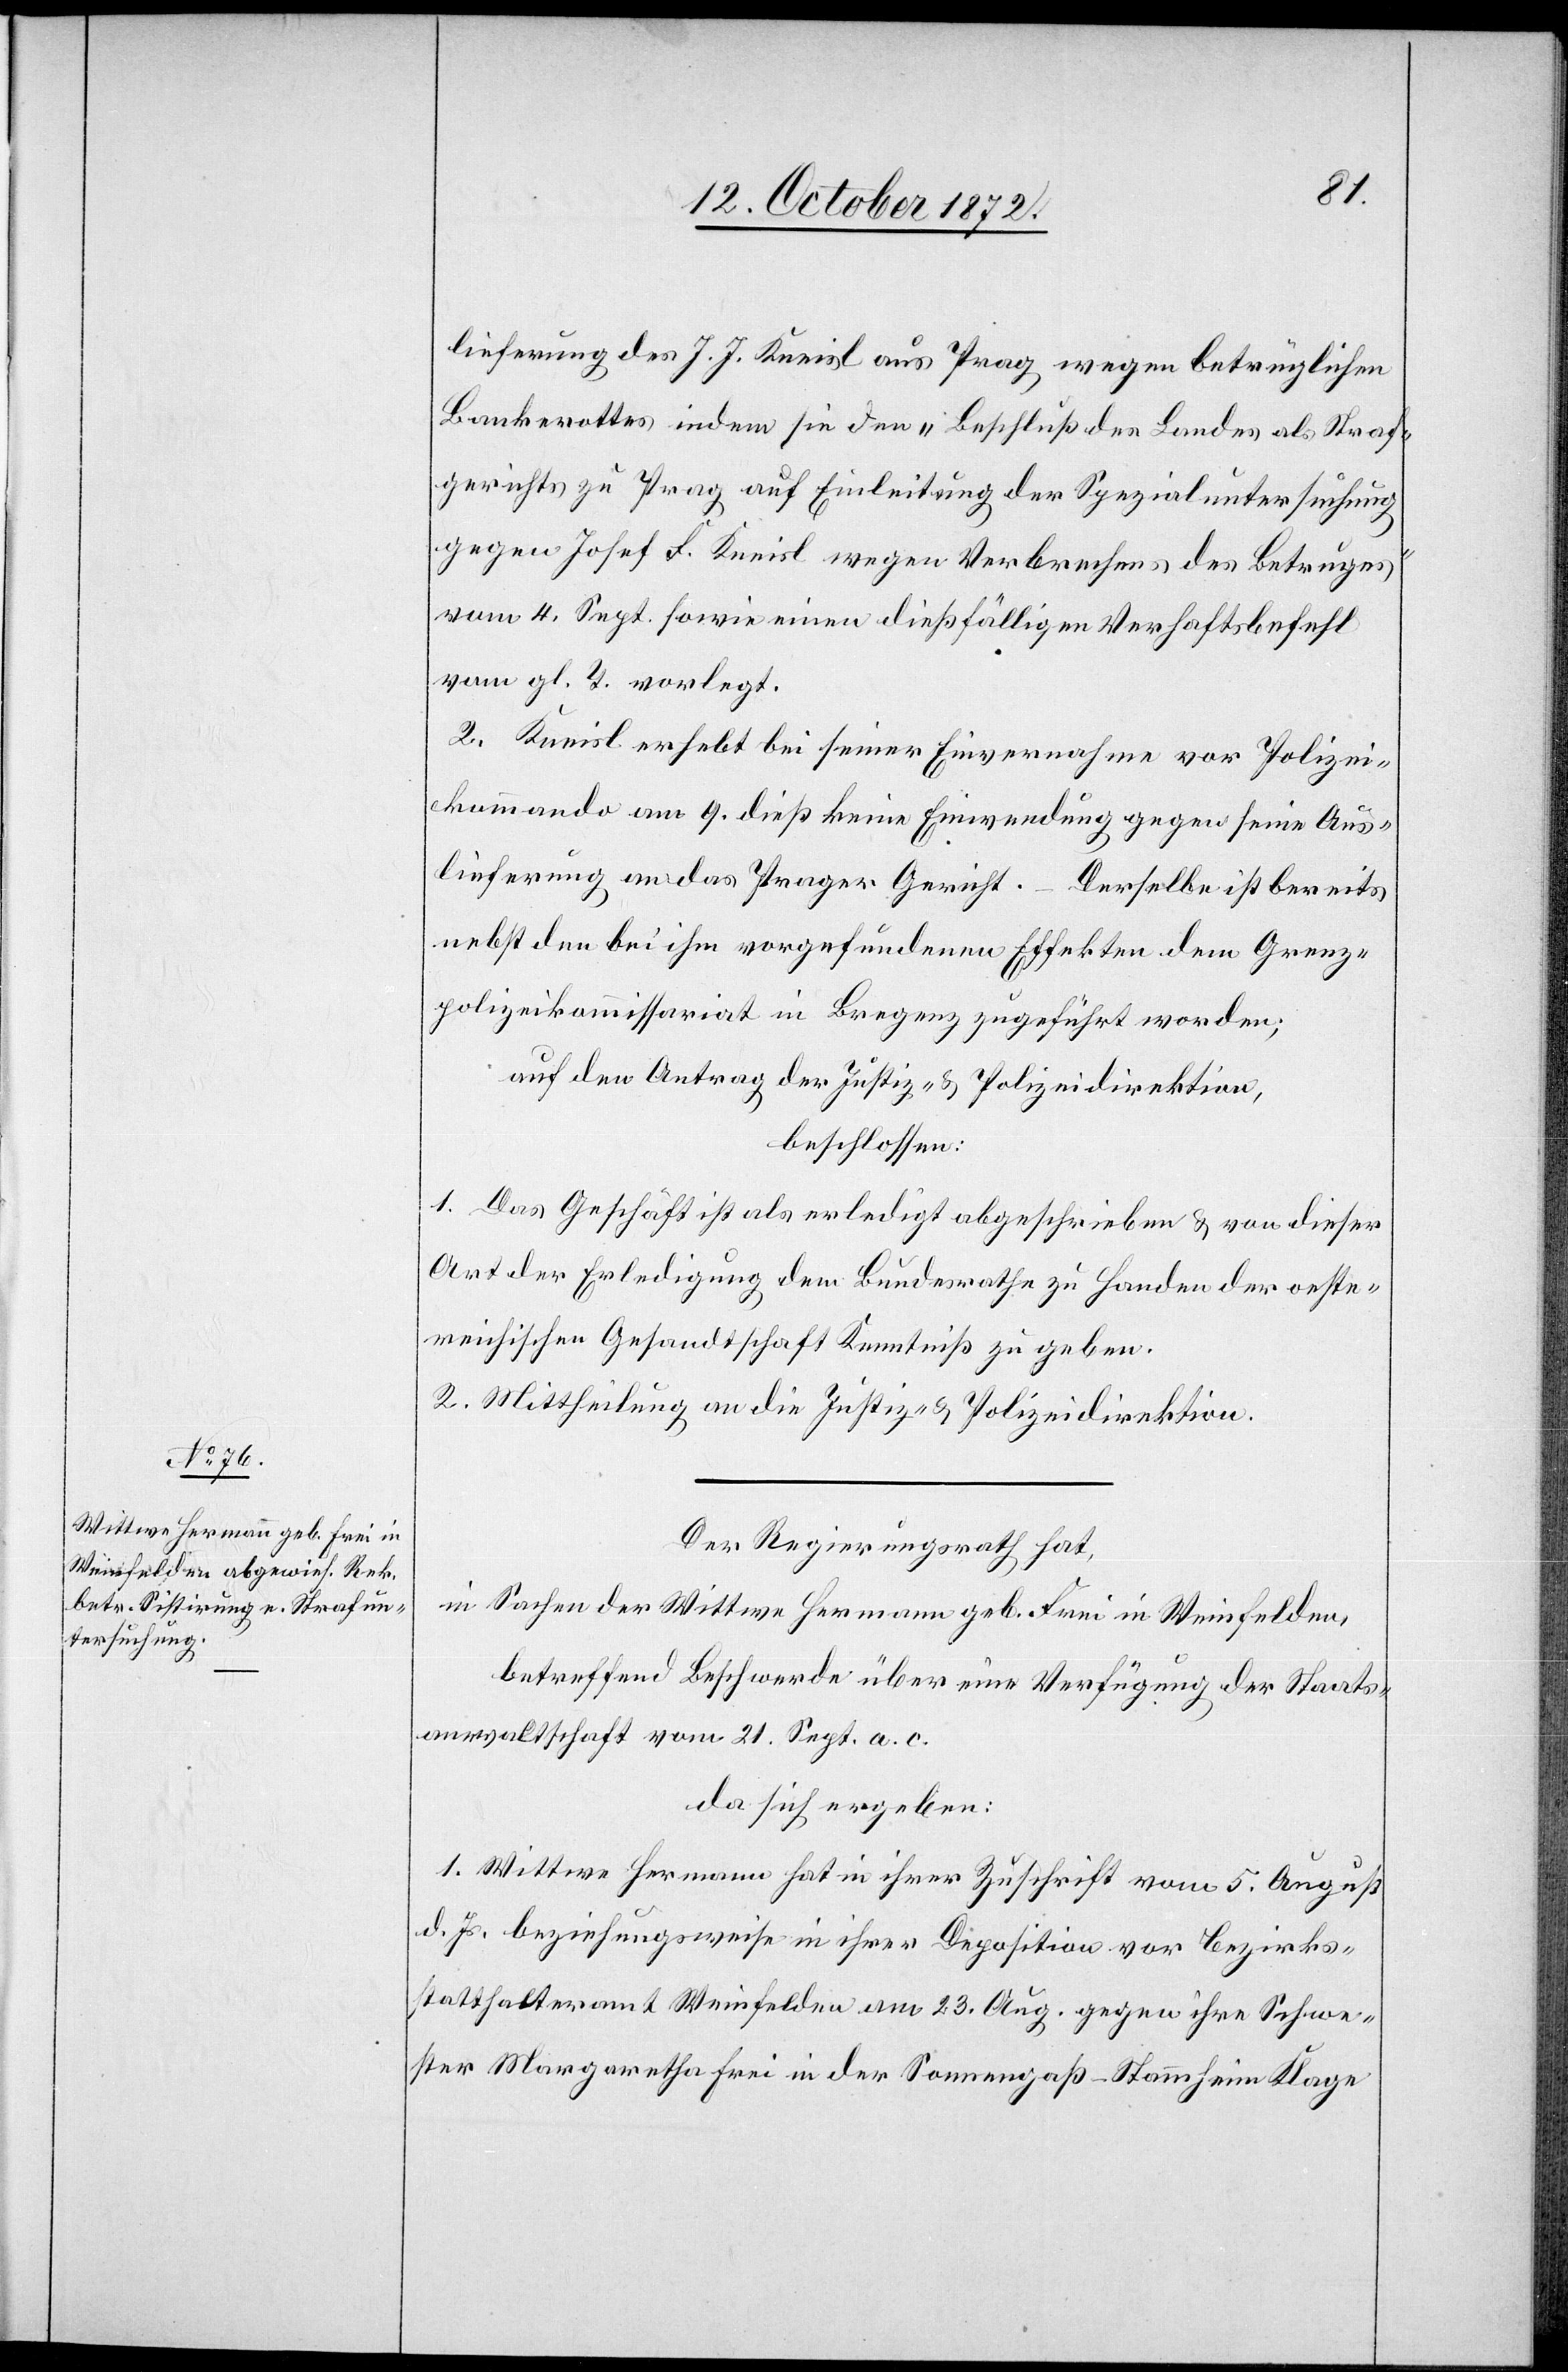
lieferung des J. J. Kneisl aus Prag wegen betrüglichen
Bankerottes indem sie den „Beschluß des Landes als Straf¬
gerichts zu Prag auf Einleitung der Spezialuntersuchung
gegen Josef F. Kneisl wegen Verbrechens des Betruges“
vom 4. Sept. sowie einen dießfälligen Verhaftsbefehl
vom gl. T. vorlegt.
2. Kneisl erhebt bei seiner Einvernahme vor Polizei¬
kommando am 9. dieß keine Einwendung gegen eine Aus¬
lieferung an das Prager Gericht. Derselbe ist bereits
nebst den bei ihm vorgefundenen Effekten dem Grenz¬
polizeikommissariat in Bregenz zugeführt worden;
auf den Antrag der Justiz- u. Polizeidirektion,
beschlossen:
1. Das Geschäft ist als erledigt abgeschrieben u. von dieser
Art der Erledigung dem Bundesrathe zu Handen der oester¬
reichischen Gesandtschaft Kenntniß zu geben.
2. Mittheilung an die Justiz- u. Polizeidirektion.
Der Regierungsrath hat,
in Sachen der Wittwe Hermann geb. Frei in Weinfelden,
betreffend Beschwerde über eine Verfügung der Staats¬
anwaltschaft vom 21. Sept. a. c.
da sich ergeben:
1. Wittwe Hermann hat in ihrer Zuschrift vom 5. August
d. Js. beziehungsweise in ihrer Disposition vor Bezirks¬
statthalteramt Weinfelden am 23. Aug. gegen ihre Schwe¬
ster Margaretha Frei in der Sonnengaß-Stammheim Klage